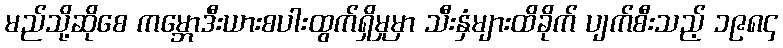
မည်သို့ဆိုစေ ကမ္ဘောဒီးယားစပါးထွက်ရှိမှုမှာ သီးနှံများထိခိုက် ပျက်စီးသည့် ၁၉၈၄